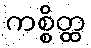
ကစ္စိတ္ထ